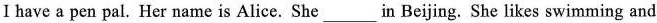
I have a pen pal. Her name is Alice. She______in Beijing. She likes swimming and